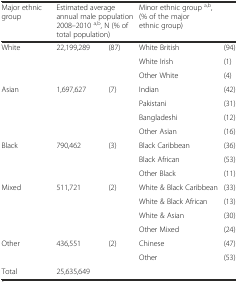
<table><thead><tr><td><b>Major ethnic group</b></td><td colspan="2"><b>Estimated average annual male population 2008–2010 <sup>a,b</sup>, N (% of total population)</b></td><td colspan="2"><b>Minor ethnic group <sup>a,b</sup>, (% of the major ethnic group)</b></td></tr></thead><tbody><tr><td rowspan="3">White</td><td rowspan="3">22,199,289</td><td rowspan="3">(87)</td><td>White British</td><td>(94)</td></tr><tr><td>White Irish</td><td>(1)</td></tr><tr><td>Other White</td><td>(4)</td></tr><tr><td rowspan="4">Asian</td><td rowspan="4">1,697,627</td><td rowspan="4">(7)</td><td>Indian</td><td>(42)</td></tr><tr><td>Pakistani</td><td>(31)</td></tr><tr><td>Bangladeshi</td><td>(12)</td></tr><tr><td>Other Asian</td><td>(16)</td></tr><tr><td rowspan="3">Black</td><td rowspan="3">790,462</td><td rowspan="3">(3)</td><td>Black Caribbean</td><td>(36)</td></tr><tr><td>Black African</td><td>(53)</td></tr><tr><td>Other Black</td><td>(11)</td></tr><tr><td rowspan="4">Mixed</td><td rowspan="4">511,721</td><td rowspan="4">(2)</td><td>White &amp; Black Caribbean</td><td>(33)</td></tr><tr><td>White &amp; Black African</td><td>(13)</td></tr><tr><td>White &amp; Asian</td><td>(30)</td></tr><tr><td>Other Mixed</td><td>(24)</td></tr><tr><td rowspan="2">Other</td><td rowspan="2">436,551</td><td rowspan="2">(2)</td><td>Chinese</td><td>(47)</td></tr><tr><td>Other</td><td>(53)</td></tr><tr><td>Total</td><td>25,635,649</td><td></td><td></td><td></td></tr></tbody></table>